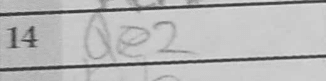
Transcription: Qe2